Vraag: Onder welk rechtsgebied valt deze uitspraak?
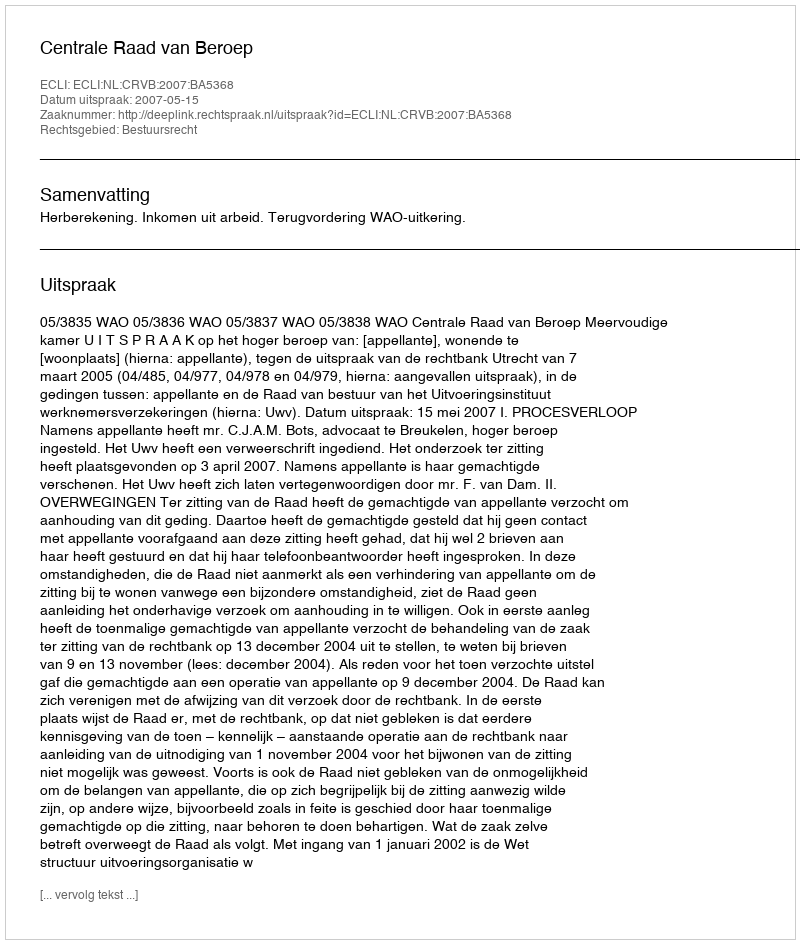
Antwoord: Bestuursrecht